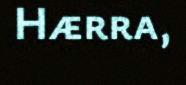
Hærra,